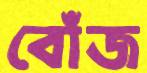
বোঁজ